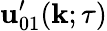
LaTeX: {\mathbf{u}}_{01}^{\prime}({\mathbf{k}};\tau)